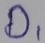
Text: D1